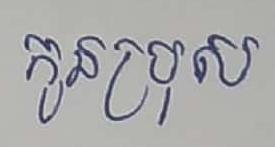
កូនប្រុស